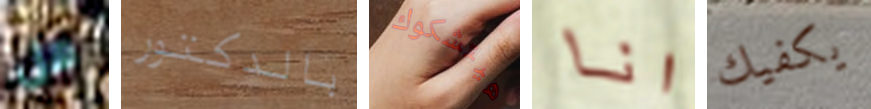
هل بالدكتور هيتشكوك انا يكفيك